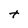
Character: t